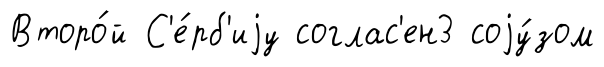
Второ́й С'е́рб'иjу соглас'ен3 соjу́зом